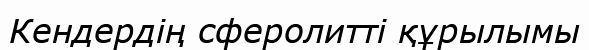
Кендердің сферолитті құрылымы